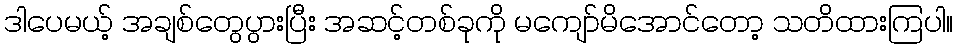
ဒါပေမယ့် အချစ်တွေပွားပြီး အဆင့်တစ်ခုကို မကျော်မိအောင်တော့ သတိထားကြပါ။